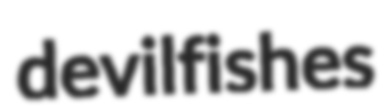
devilfishes